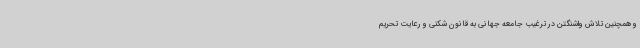
و همچنین تلاش واشنگتن در ترغیب جامعه جهانی به قانون شکنی و رعایت تحریم